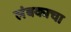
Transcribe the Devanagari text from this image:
लंबकाचा